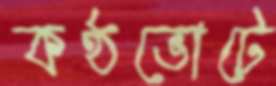
কণ্ঠভোটে